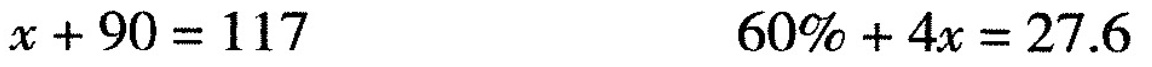
$$x + 9 0 = 1 1 7$$ $$6 0 % + 4 x = 2 7